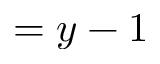
= y - 1